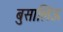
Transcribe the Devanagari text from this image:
बुसालिऊ